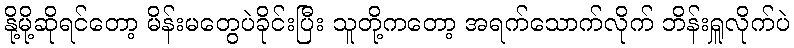
နို့မို့ဆိုရင်တော့ မိန်းမတွေပဲခိုင်းပြီး သူတို့ကတော့ အရက်သောက်လိုက် ဘိန်းရှူလိုက်ပဲ